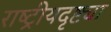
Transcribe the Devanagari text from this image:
राष्‍ट्रीयदृष्ट्या